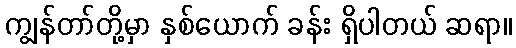
ကျွန်တာ်တို့မှာ နှစ်ယောက် ခန်း ရှိပါတယ် ဆရာ။